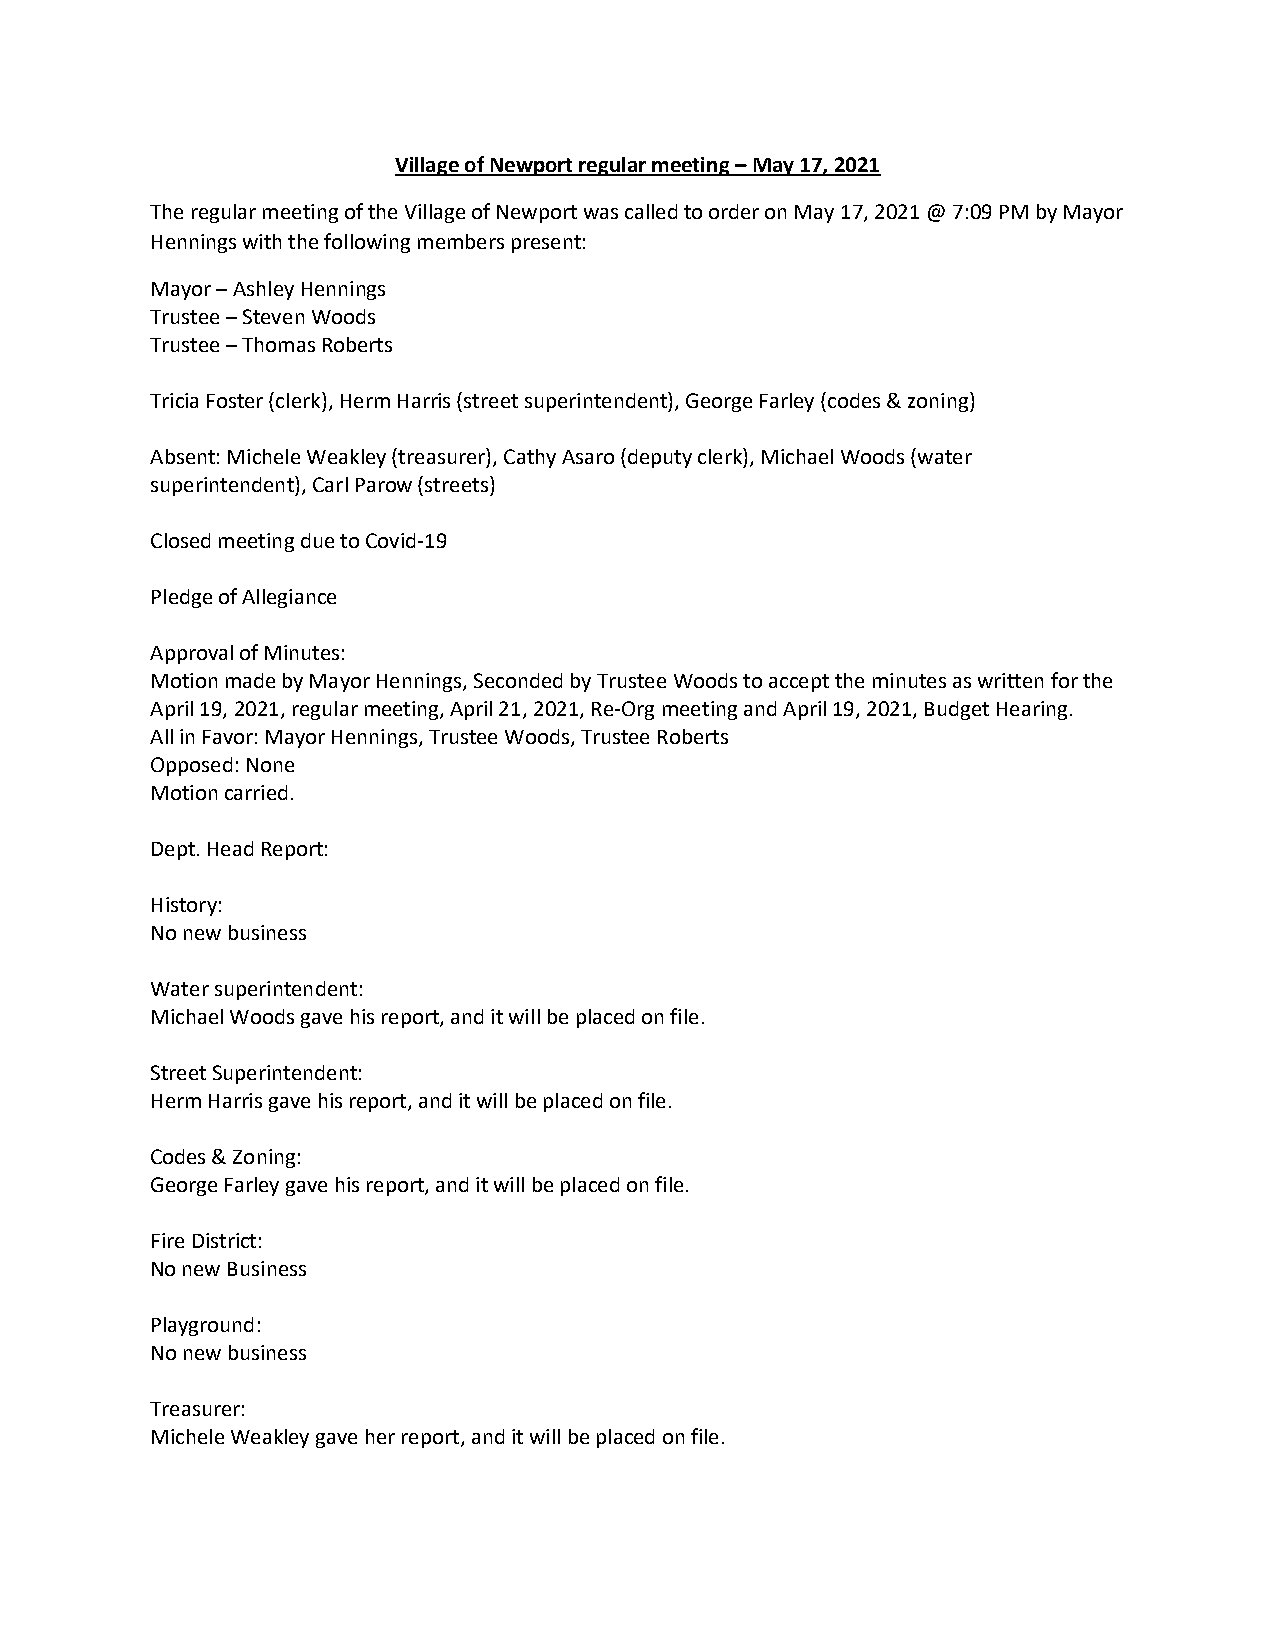
Village of Newport regular meeting – May 17, 2021
 The regular meeting of the Village of Newport was called to order on May 17, 2021 @ 7:09 PM by Mayor
 Hennings with the following members present:
 Mayor – Ashley Hennings
 Trustee – Steven Woods
 Trustee – Thomas Roberts
 Tricia Foster (clerk), Herm Harris (street superintendent), George Farley (codes & zoning)
 Absent: Michele Weakley (treasurer), Cathy Asaro (deputy clerk), Michael Woods (water
 superintendent), Carl Parow (streets)
 Closed meeting due to Covid-19
 Pledge of Allegiance
 Approval of Minutes:
 Motion made by Mayor Hennings, Seconded by Trustee Woods to accept the minutes as written for the
 April 19, 2021, regular meeting, April 21, 2021, Re-Org meeting and April 19, 2021, Budget Hearing.
 All in Favor: Mayor Hennings, Trustee Woods, Trustee Roberts
 Opposed: None
 Motion carried.
 Dept. Head Report:
 History:
 No new business
 Water superintendent:
 Michael Woods gave his report, and it will be placed on file.
 Street Superintendent:
 Herm Harris gave his report, and it will be placed on file.
 Codes & Zoning:
 George Farley gave his report, and it will be placed on file.
 Fire District:
 No new Business
 Playground:
 No new business
 Treasurer:
 Michele Weakley gave her report, and it will be placed on file.